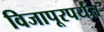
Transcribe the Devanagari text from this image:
विजापूरपर्यंत